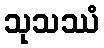
သုသဿံ